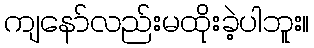
ကျနော်လည်းမထိုးခဲ့ပါဘူး။